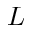
L